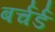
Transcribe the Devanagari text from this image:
बर्चर्ड